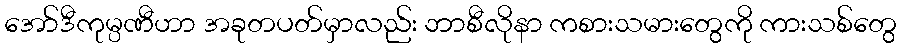
အော်ဒီကုမ္ပဏီဟာ အခုတပတ်မှာလည်း ဘာစီလိုနာ ကစားသမားတွေကို ကားသစ်တွေ